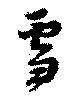
雪